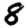
Digit: 8